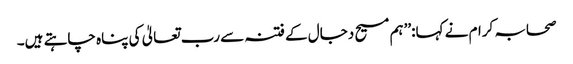
صحابہ کرام نے کہا:’’ہم مسیح دجال کے فتنہ سے رب تعالیٰ کی پناہ چاہتے ہیں۔